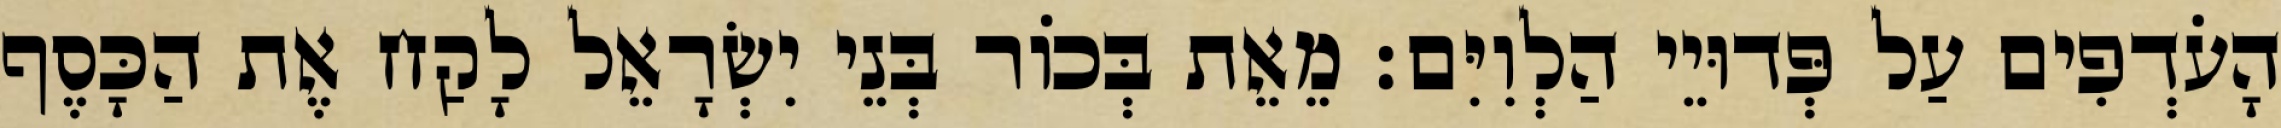
הָעֹדְפִים עַל פְּדוּיֵי הַלְוִיִּם׃ מֵאֵת בְּכוֹר בְּנֵי יִשְׂרָאֵל לָקַח אֶת הַכָּסֶף